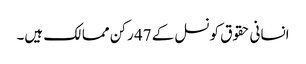
انسانی حقوق کونسل کے 47 رکن ممالک ہیں۔